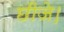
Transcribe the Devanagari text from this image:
छीजे।